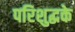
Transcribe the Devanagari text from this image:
परिशुद्धके